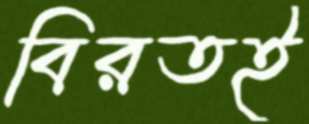
বিরতই